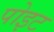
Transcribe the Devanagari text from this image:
पोइट